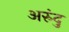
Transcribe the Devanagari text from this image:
अरुंदु